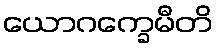
ယောဂက္ခေမီတိ